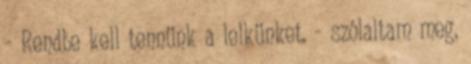
- Rendbe kell tennünk a lelkünket. - szólaltam meg,